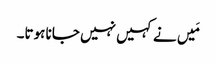
مَیں نے کہیں نہیں جانا ہوتا۔